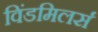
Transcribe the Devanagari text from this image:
विंडमिलर्स